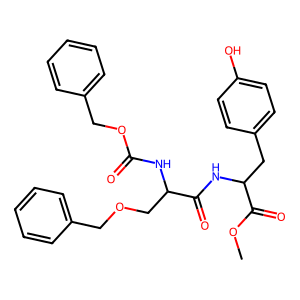
SMILES: COC(=O)C(Cc1ccc(O)cc1)NC(=O)C(COCc1ccccc1)NC(=O)OCc1ccccc1
Inhibits HIV replication: No